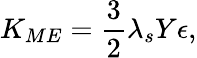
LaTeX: K_{ME}=\frac{3}{2}\lambda_{s}Y\epsilon,